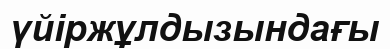
үйіржұлдызындағы